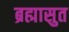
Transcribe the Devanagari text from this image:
ब्रह्मासुत